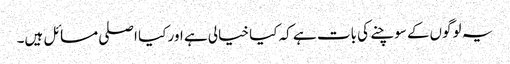
یہ لوگوں‌کے سوچنے کی بات ہے کہ کیا خیالی ہے اور کیا اصلی مسائل ہیں۔